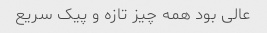
عالی بود همه چیز تازه و پیک سریع